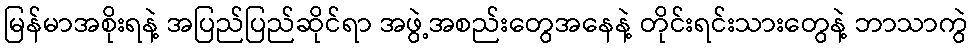
မြန်မာအစိုးရနဲ့ အပြည်ပြည်ဆိုင်ရာ အဖွဲ့အစည်းတွေအနေနဲ့ တိုင်းရင်းသားတွေနဲ့ ဘာသာကွဲ